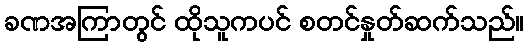
ခဏအကြာတွင် ထိုသူကပင် စတင်နှုတ်ဆက်သည်။